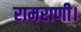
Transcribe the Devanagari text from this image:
रामराणी।